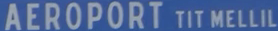
AEROPORT TIT MELLIL